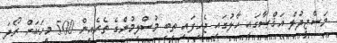
މަސްޖިދުލް އަޤްޞާގައި ހާލުގައި ޖެހިފައި ތިބި މުސްލިމުންގެ ތެރެއިން 500 މީހަކަށް ރޯދަ